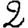
Digit: 2